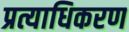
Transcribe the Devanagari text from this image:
प्रत्याधिकरण